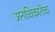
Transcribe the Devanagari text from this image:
अनाधिकारीक